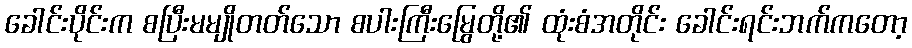
ခေါင်းပိုင်းက စပြီးမမျိုတတ်သော စပါးကြီးမြွေတို့၏ ထုံးစံအတိုင်း ခေါင်းရင်းဘက်ကတော့